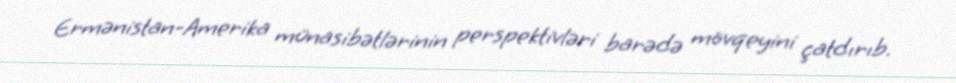
Ermənistan-Amerika münasibətlərinin perspektivləri barədə mövqeyini çatdırıb.